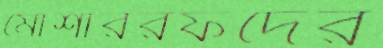
মোশাররফদের